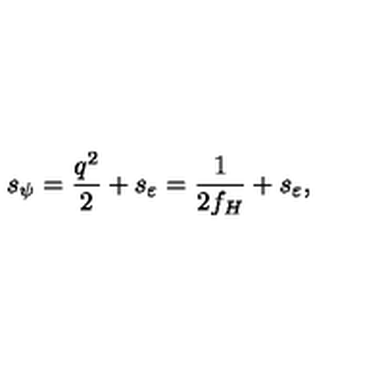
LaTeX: s _ { \psi } = \frac { q ^ { 2 } } { 2 } + s _ { \varepsilon } = \frac { 1 } { 2 f _ { H } } + s _ { \varepsilon } ,